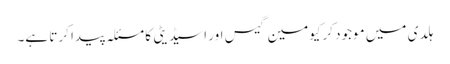
ہلدی میں موجود کرکیومین گیس اور اسیڈیٹی کا مسئلہ پیدا کرتا ہے۔